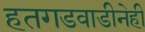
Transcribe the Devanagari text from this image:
हतगडवाडीनेही